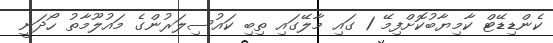
ކެންޑިޑޭޓް ކާމިޔާބުކޮށްފިމޭ 1 ގައި މާލޭގައި ތިބި ކައުސިލަރުންގެ މައުލޫމާތު ހޯދަނީ